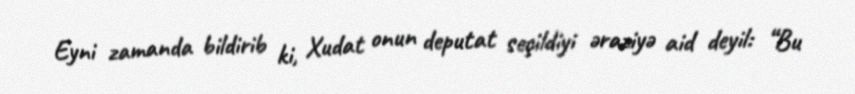
Eyni zamanda bildirib ki, Xudat onun deputat seçildiyi əraziyə aid deyil: “Bu